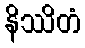
နိဿိတံ